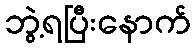
ဘွဲ့ရပြီးနောက်